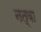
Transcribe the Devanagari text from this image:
नत्वा